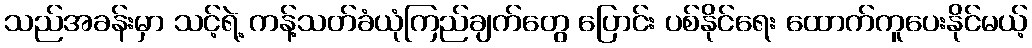
သည်အခန်းမှာ သင့်ရဲ့ ကန့်သတ်ခံယုံကြည်ချက်တွေ ပြောင်း ပစ်နိုင်ရေး ထောက်ကူပေးနိုင်မယ့်